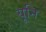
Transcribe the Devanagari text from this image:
यूनि